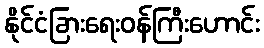
နိုင်ငံခြားရေးဝန်ကြီးဟောင်း